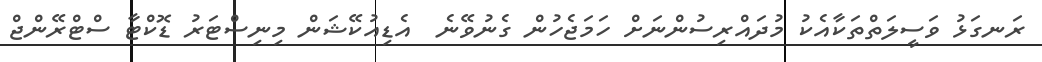
ރަނގަޅު ވަސީލަތްތަކާއެކު މުދައްރިސުންނަށް ހަމަޖެހުން ގެނުވޭނެ  އެޑިއުކޭޝަން މިނިސްޓަރު ޑޮކްޓާ ސްޓްރޭންޖް